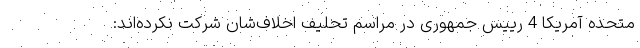
متحده آمریکا 4 رییس جمهوری در مراسم تحلیف اخلاف‌شان شرکت نکرده‌اند: